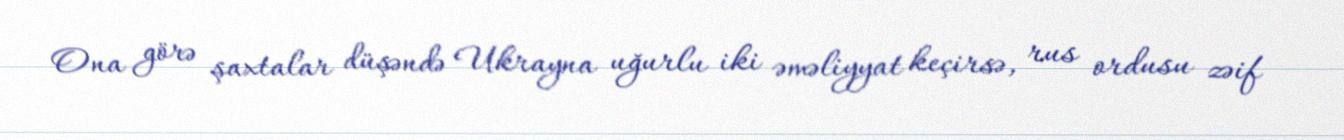
Ona görə şaxtalar düşəndə Ukrayna uğurlu iki əməliyyat keçirsə, rus ordusu zəif